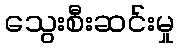
သွေးစီးဆင်းမှု